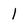
Character: l